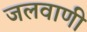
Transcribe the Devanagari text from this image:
जलवाणी